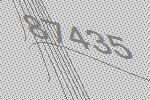
87435